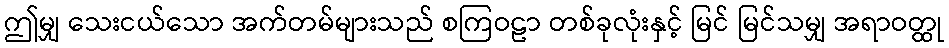
ဤမျှ သေးငယ်သော အက်တမ်များသည် စကြဝဠာ တစ်ခုလုံးနှင့် မြင် မြင်သမျှ အရာဝတ္ထု